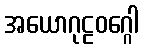
အယောဂုဠဝဂ္ဂေါ